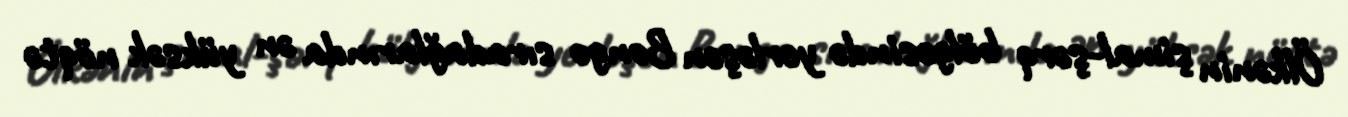
Ölkənin şimal-şərq bölgəsində yerləşən Bongo sıradağlarında ən yüksək nöqtə